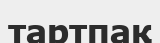
тартпақ